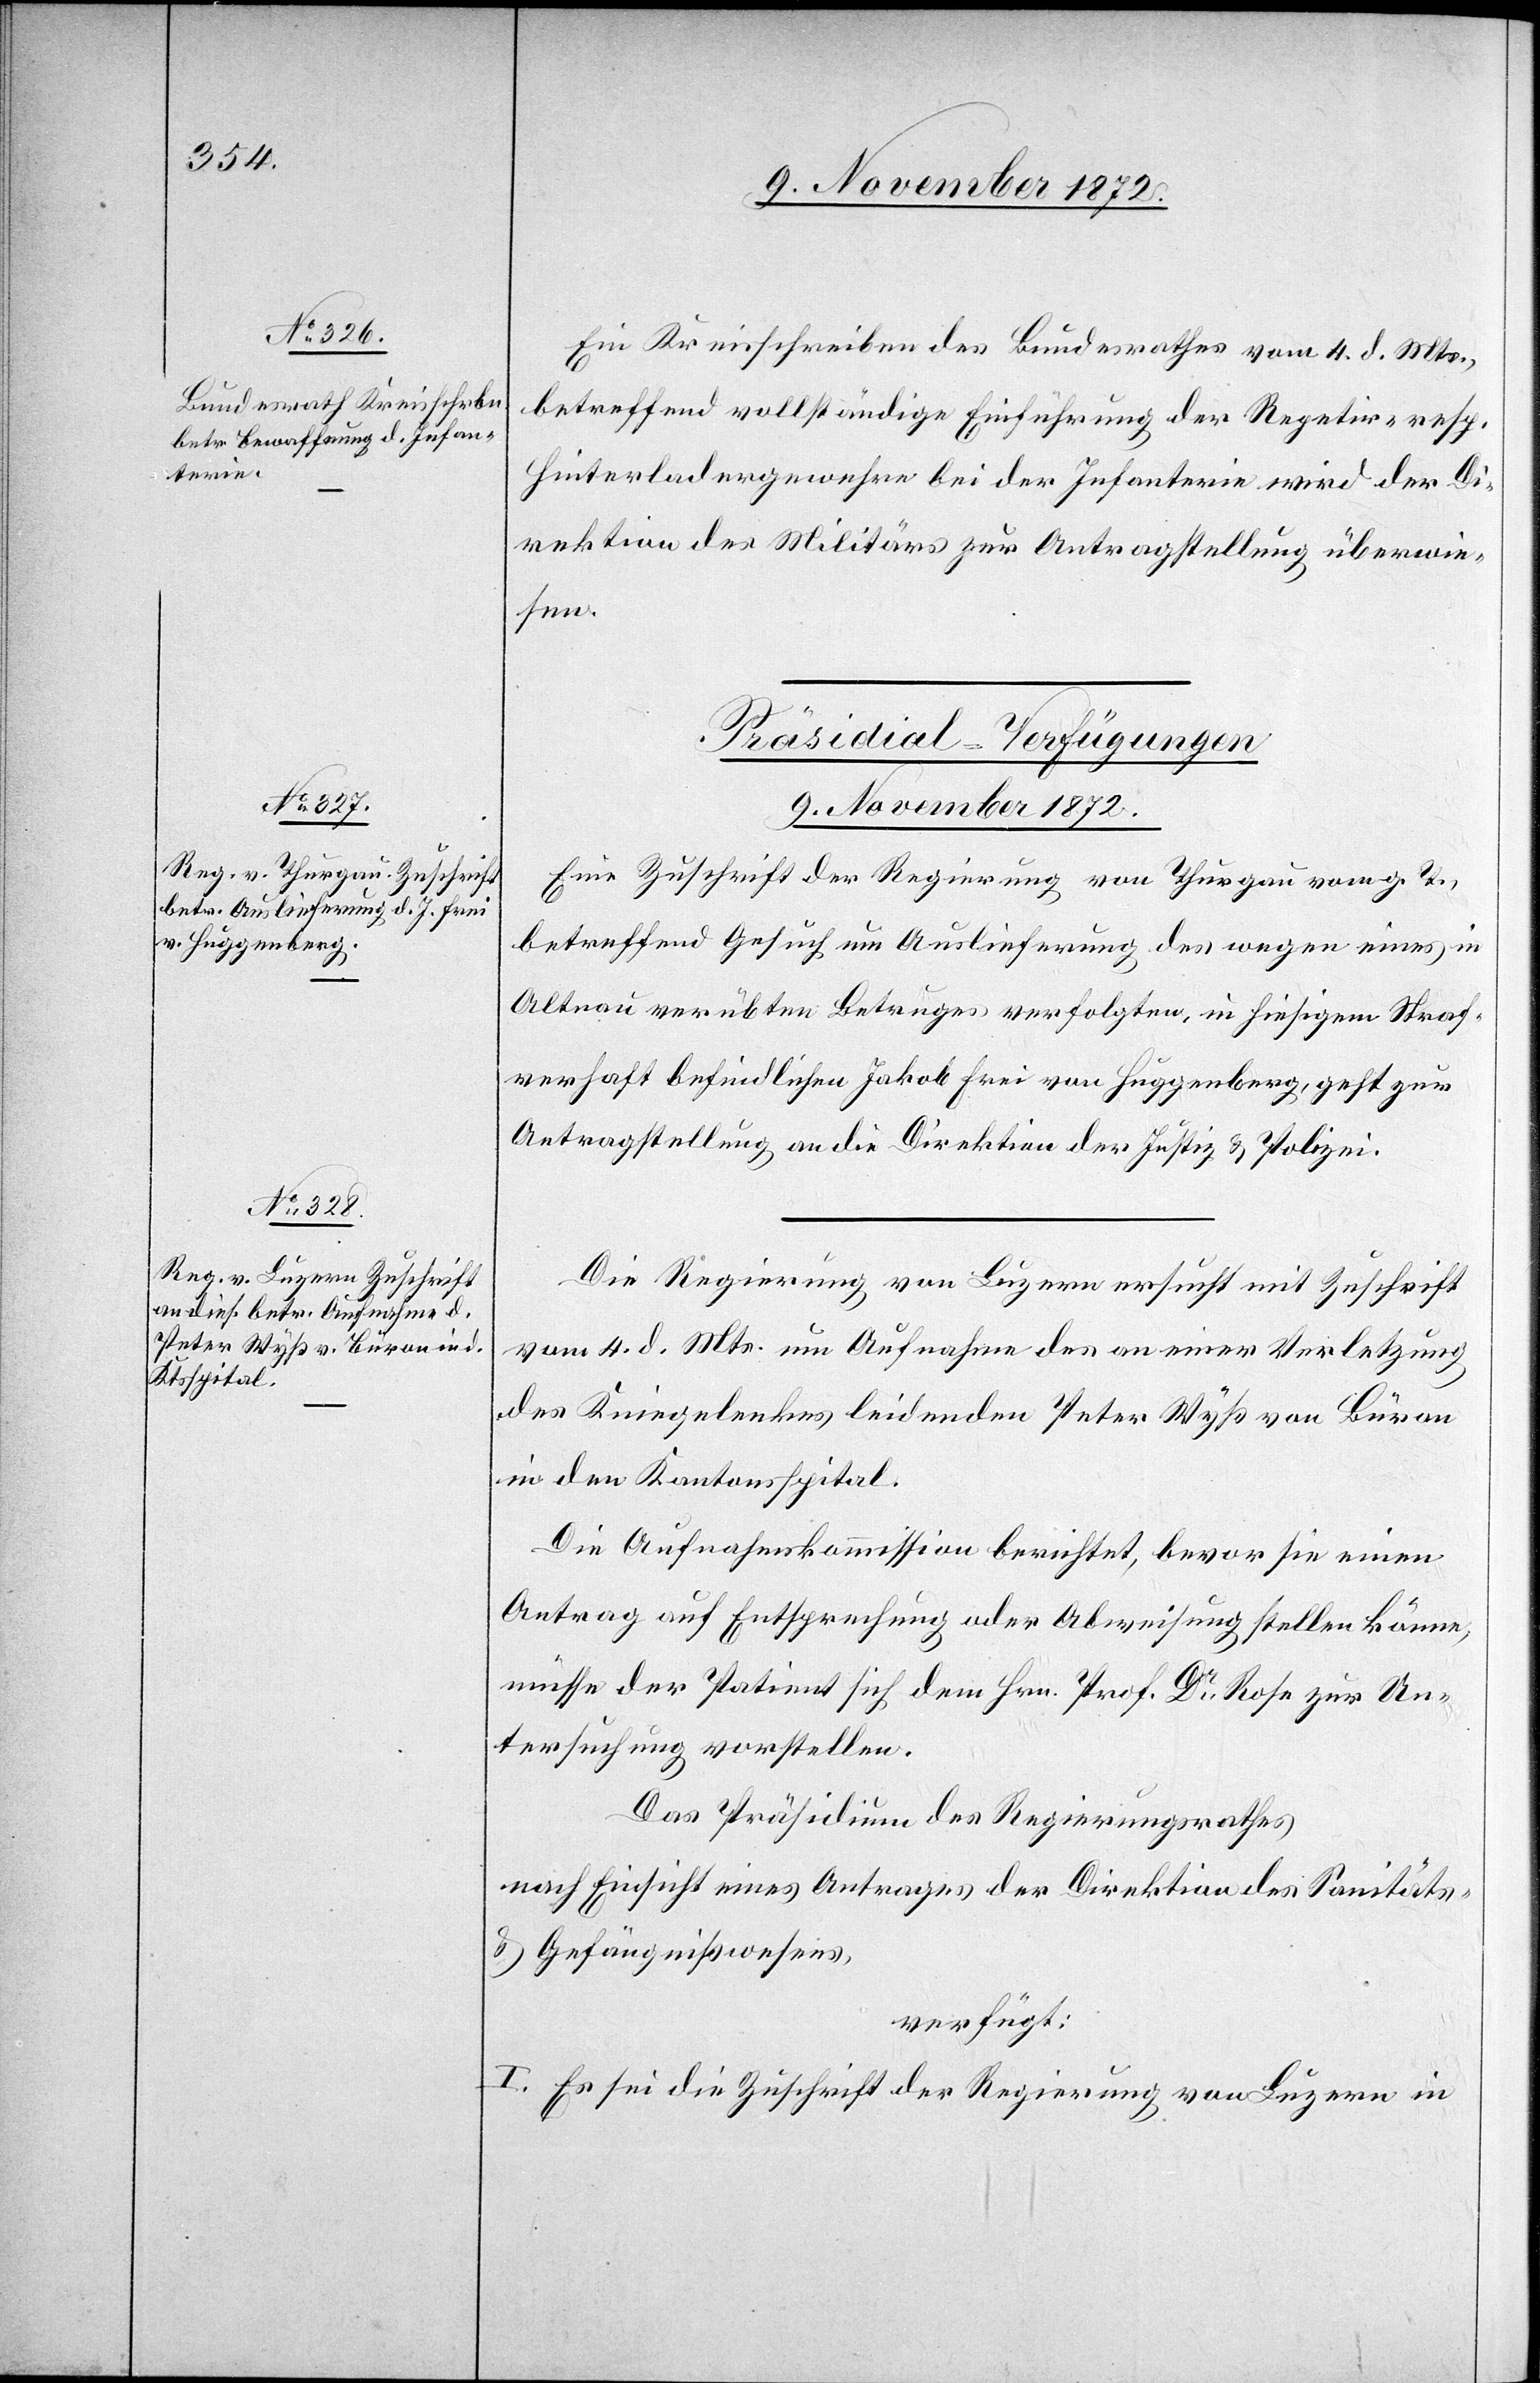
Ein Kreisschreiben des Bundesrathes vom 4. d. Mts.,
betreffend vollständige Einführung der Repetir- resp.
Hinterladergewehre bei der Infanterie wird der Di¬
rektion des Militärs zur Antragstellung überwie¬
sen.
[Präsidial-Verfügungen
9. November 1872.]
Eine Zuschrift der Regierung von Thurgau vom g. T.,
betreffend Gesuch um Auslieferung des wegen eines in
Altnau verübten Betruges verfolgten, in hiesigem Straf¬
verhaft befindlichen Jakob Frei von Huggenberg, geht zur
Antragstellung an die Direktion der Justiz u. Polizei.
Die Regierung von Luzern ersucht mit Zuschrift
vom 4. d. Mts. um Aufnahme des an einer Verletzung
des Kniegelenkes leidenden Peter Wyß von Büron
in den Kantonsspital.
Die Aufnahmskommission berichtet, bevor sie einen
Antrag auf Entsprechung oder Abweisung stellen könne,
müsse der Patient sich dem Hrn. Prof. Dr Rose zur Un¬
tersuchung vorstellen.
Das Präsidium des Regierungsrathes
nach Einsicht eines Antrages der Direktion des Sanitäts-
u. Gefängnißwesens,
verfügt:
I. Es sei die Zuschrift der Regierung von Luzern in